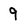
Character: 9